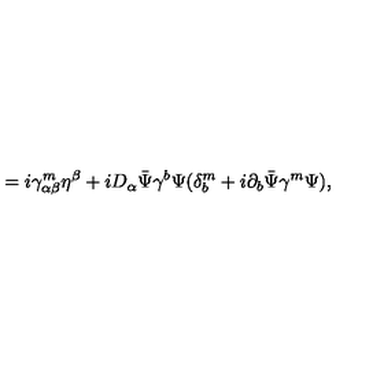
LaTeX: = i \gamma _ { \alpha \beta } ^ { m } \eta ^ { \beta } + i D _ { \alpha } \bar { \Psi } \gamma ^ { b } \Psi ( \delta _ { b } ^ { m } + i \partial _ { b } \bar { \Psi } \gamma ^ { m } \Psi ) ,